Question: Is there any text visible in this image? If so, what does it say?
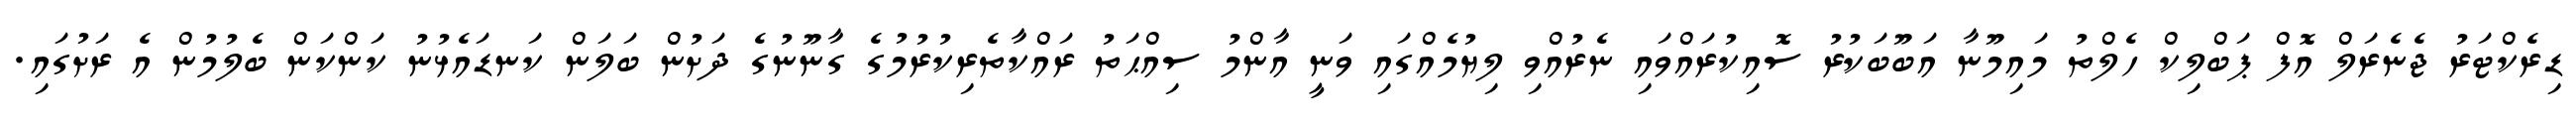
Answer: ޑިރެކްޓަރު ޖެނެރަލް އޮފް ޕަބްލިކް ހެލްތު މައިމޫނާ އަބޫބަކުރު ސޮއިކުރައްވައި ނެރުއްވި ލިޔުމެއްގައި ވަނީ އާންމު ސިއްޙަތު ރައްކާތެރިކުރުމުގެ ގާނޫނުގެ ދަށުން ބަލަން ކަނޑައެޅުނު ކަންކަން ބެލުމުން އެ ރަށުގައި.